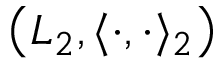
\left( L _ { 2 } , \langle \cdot , \cdot \rangle _ { 2 } \right)